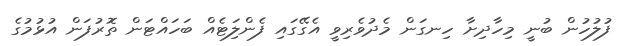
ފުލުހުން ބުނީ މިހާދިށާ ހިނގަން މެދުވެރިވީ އެގޭގައި ފެންލަިޓެއް ބަހައްޓަން ތޮރުފަން އުޅުމުގެ